Punjab Mental Hospital Lahore 1932-46 - 1932-1946
Year: 1932
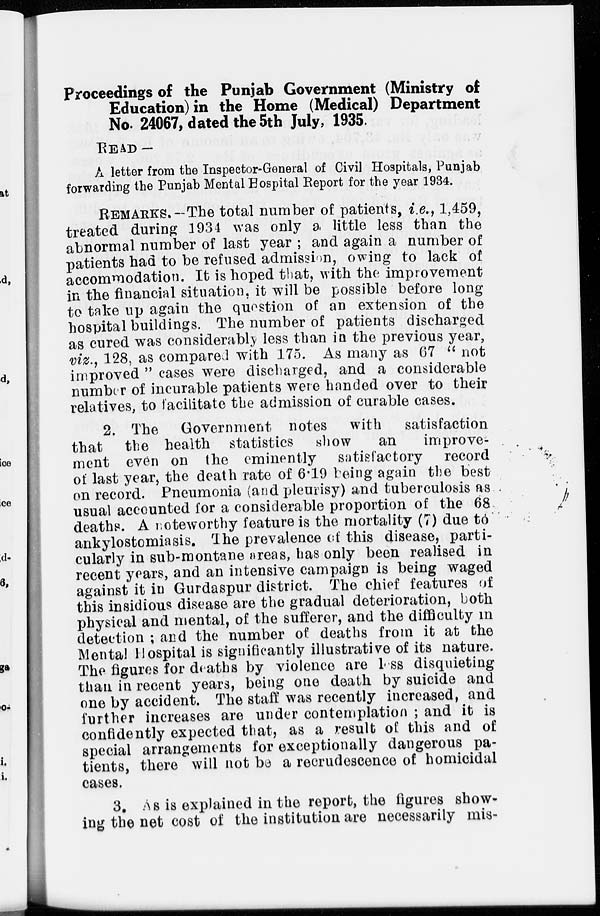
Proceedings of the Punjab Government (Ministry of
Education) in the Home (Medical) Department
No. 24067, dated the 5th July, 1935.
READ —
A letter from the Inspector-General of Civil Hospitals, Punjab
forwarding the Punjab Mental Hospital Report for the year 1934.
REMARKS.-The total number of patients, i.e., 1,459,
treated during 1934 was only a little less than the
abnormal number of last year ; and again a number of
patients had to be refused admission, owing to lack of
accommodation. It is hoped that, with the improvement
in the financial situation, it will be possible before long
to take up again the question of an extension of the
hospital buildings. The number of patients discharged
as cured was considerably less than in the previous year,
viz., 128, as compared with 175. As many as 67 " not
improved " cases were discharged, and a considerable
number of incurable patients were handed over to their
relatives, to facilitate the admission of curable cases.
2. The Government notes with
satisfaction
that the health statistics show
an
improve-
ment even on the eminently satisfactory
record
of last year, the death rate of 6.19 being again the best
on record. Pneumonia (and pleurisy) and tuberculosis as
usual accounted for a considerable proportion of the 68
deaths. A noteworthy feature is the mortality (7) due to
ankylostomiasis. The prevalence of this disease, parti-
cularly in sub-montane areas, has only been realised in
recent years, and an intensive campaign is being waged
against it in Gurdaspur district. The chief features of
this insidious disease are the gradual deterioration, both
physical and mental, of the sufferer, and the difficulty in
detection ; and the number of deaths from it at the
Mental Hospital is significantly illustrative of its nature.
The figures for deaths by violence are less disquieting
than in recent years, being one death by suicide and
one by accident. The staff was recently increased, and
further increases are under contemplation ; and it is
confidently expected that, as a result of this and of
special arrangements for exceptionally dangerous pa-
tients, there will not be a recrudescence of homicidal
cases.
3. As is explained in the report, the figures show-
ing the net cost of the institution are necessarily mis-